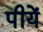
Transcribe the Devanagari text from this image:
पीयें